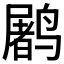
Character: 𱊩